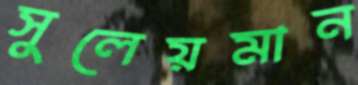
সুলেয়মান